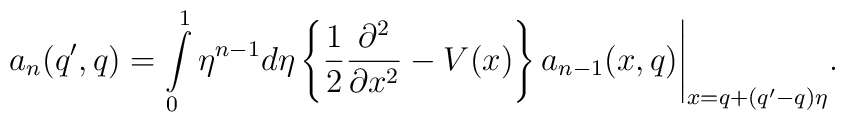
a_n(q',q)= \int \limits_0^1 \eta^{n-1} d\eta  \left\{ \frac{1}{2} \frac{\partial ^2}{\partial x^2} -  V(x) \right\} a_{n-1}(x,q)\Biggl.  \Biggr|_{x=q+(q'-q)\eta}.